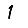
Digit: 1